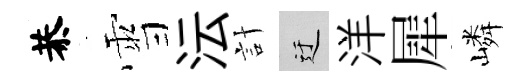
恭雪沄計迂洋犀嶙